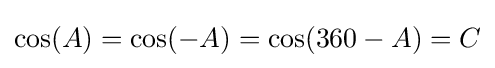
\cos(A)=\cos(-A)=\cos(360-A)=C